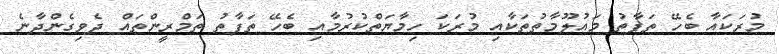
މުރަކައާ ބެހޭ ތަފާތު މައުލޫމާތުތަކާއި މުރަކަ ހިމާޔަތްކުރުމާއި ބެހޭ ތަފާތު ތަމްރީންތައް ދެވިގެންދާނެ